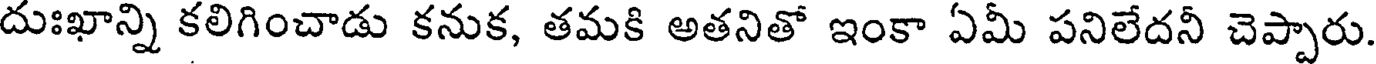
దుఃఖాన్ని కలిగించాడు కనుక, తమకి అతనితో ఇంకా ఏమీ పనిలేదనీ చెప్పారు.